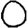
Digit: 0